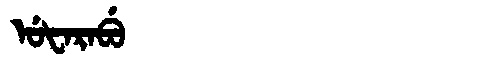
Manchu: ᡠᡶᠠᡵᠠᠪᡠ
Romanization: UFARABU